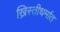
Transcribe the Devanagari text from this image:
ख्रिस्तीधर्मात